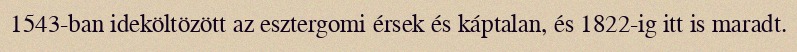
1543-ban ideköltözött az esztergomi érsek és káptalan, és 1822-ig itt is maradt.